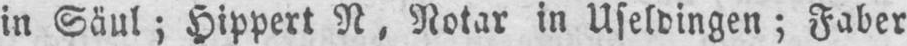
in Säul; Hippert N, Notar in Useldingen; Faber